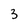
Character: 3